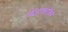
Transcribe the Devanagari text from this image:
केंद्राबरोबर